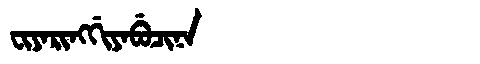
Manchu: ᠸᡳᠶᠠᡵᡳᠩᡤᡳᠶᠠᠪᡠᠴᡳᠨᠠ
Romanization: FIYARINGGIYABUCINA